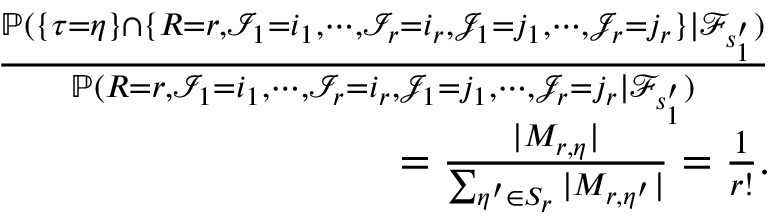
\begin{array} { r l r } & { } & { \frac { \mathbb { P } ( \{ \tau = \eta \} \cap \{ R = r , \mathscr { I } _ { 1 } = i _ { 1 } , \cdots , \mathscr { I } _ { r } = i _ { r } , \mathscr { J } _ { 1 } = j _ { 1 } , \cdots , \mathscr { J } _ { r } = j _ { r } \} | \mathcal { F } _ { s _ { 1 } ^ { \prime } } ) } { \mathbb { P } ( R = r , \mathscr { I } _ { 1 } = i _ { 1 } , \cdots , \mathscr { I } _ { r } = i _ { r } , \mathscr { J } _ { 1 } = j _ { 1 } , \cdots , \mathscr { J } _ { r } = j _ { r } | \mathcal { F } _ { s _ { 1 } ^ { \prime } } ) } } \\ & { } & { = \frac { | M _ { r , \eta } | } { \sum _ { \eta ^ { \prime } \in S _ { r } } | M _ { r , \eta ^ { \prime } } | } = \frac { 1 } { r ! } . } \end{array}